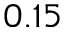
0 . 1 5